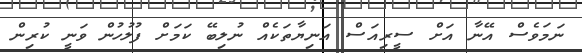
ނަމަވެސް އޭނާ އަށް ސީރިއަސް އަނިޔާތަކެއް ނުލިބޭ ކަމަށް ފުލުހުން ވަނީ ކުރިން